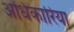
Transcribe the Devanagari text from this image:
अधिकारिया